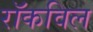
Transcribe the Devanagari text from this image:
रॉकविल